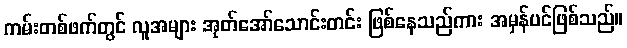
ကမ်းတစ်ဖက်တွင် လူအများ အုတ်အော်သောင်းတင်း ဖြစ်နေသည်ကား အမှန်ပင်ဖြစ်သည်။